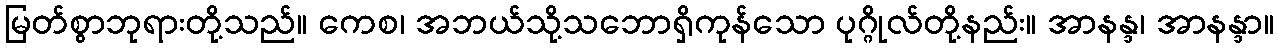
မြတ်စွာဘုရားတို့သည်။ ကေစ၊ အဘယ်သို့သဘောရှိကုန်သော ပုဂ္ဂိုလ်တို့နည်း။ အာနန္ဒ၊ အာနန္ဒာ။